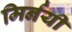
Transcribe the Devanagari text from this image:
मिर्नयी